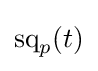
\operatorname {sq} _{p}(t)